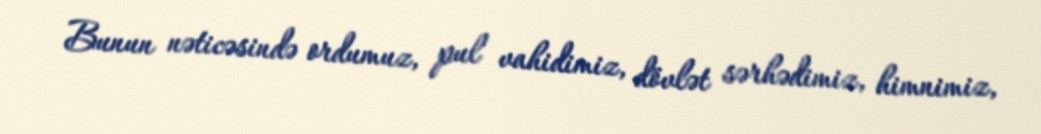
Bunun nəticəsində ordumuz, pul vahidimiz, dövlət sərhədimiz, himnimiz,